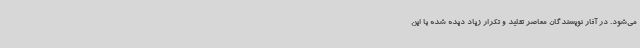
می‌شود. در آثار نویسندگان معاصر تقلید و تکرار زیاد دیده شده با این